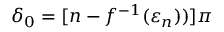
\delta _ { 0 } = [ n - f ^ { - 1 } ( \varepsilon _ { n } ) ) ] \pi